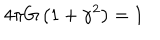
LaTeX: 4 \pi G \left( 1 + \gamma ^ { 2 } \right) = 1